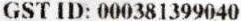
GST ID: 000381399040